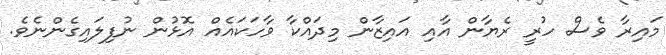
މައިރާ ވެސް ހުރީ ރެޔާން އާއި އައިޒާން މިދައްކާ ވާހަކައެއް އޮޅުން ނުފިލައިގެންނެވެ.